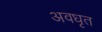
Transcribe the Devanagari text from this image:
अवधृत